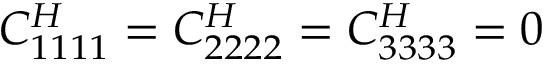
C _ { 1 1 1 1 } ^ { H } = C _ { 2 2 2 2 } ^ { H } = C _ { 3 3 3 3 } ^ { H } = 0